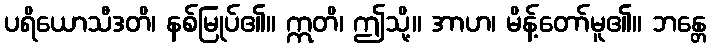
ပရိယောသီဒတိ၊ နစ်မြုပ်၏။ ဣတိ၊ ဤသို့။ အာဟ၊ မိန့်တော်မူ၏။ ဘန္တေ